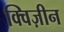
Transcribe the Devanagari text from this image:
क्विज़ीन